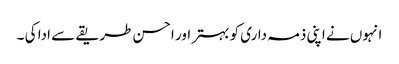
انہوں نے اپنی ذمہ داری کو بہتر اور احسن طریقے سے ادا کی ۔